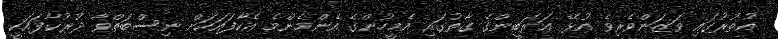
އުތުރުގައި ވަޒަންވެރިވެ އުޅޭ ޢަރަބީންގެ ގާތުގައި އެމީހުންގެ އެންމެންމެ އެކާފައަކަށް ނިސްބަތްވާ ދުރުކާފައަކީ